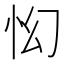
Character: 𱞇